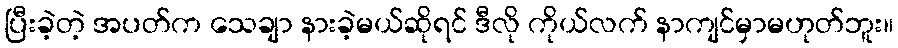
ပြီးခဲ့တဲ့ အပတ်က သေချာ နားခဲ့မယ်ဆိုရင် ဒီလို ကိုယ်လက် နာကျင်မှာမဟုတ်ဘူး။